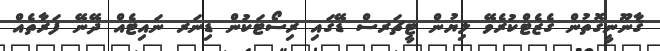
ޤާނޫނީގޮތުން ގެޒެޓްކުރެވޭ ލިޔުން ޓީޗަރސް ޑޭގައި ރިސޯޓަކުން ޑިނަރ ނައިޓެއް ދޭނޭ ފަރާތެއް